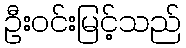
ဦးဝင်းမြင့်သည်